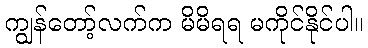
ကျွန်တော့်လက်က မိမိရရ မကိုင်နိုင်ပါ။